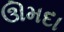
ઊમદા